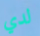
لدي